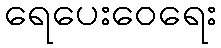
ရေပေးဝေရေး